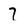
Character: 7